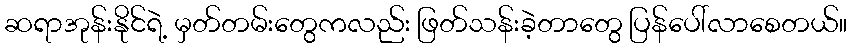
ဆရာအုန်းနိုင်ရဲ့ မှတ်တမ်းတွေကလည်း ဖြတ်သန်းခဲ့တာတွေ ပြန်ပေါ်လာစေတယ်။